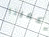
يكفينا